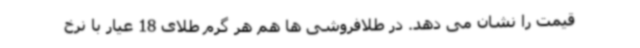
قیمت را نشان می دهد. در طلافروشی ها هم هر گرم طلای 18 عیار با نرخ